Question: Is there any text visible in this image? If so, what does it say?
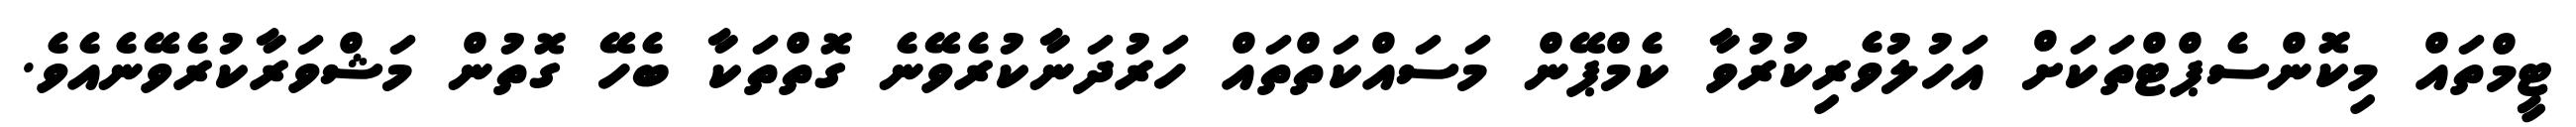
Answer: ޓީމްތައް މިކޮންސެޕްޓްތަކަށް އަހުލުވެރިކުރުވާ ކެމްޕޭން މަސައްކަތްތައް ހަރުދަނާކުރެވޭނެ ގޮތްތަކާ ބެހޭ ގޮތުން މަޝްވަރާކުރެވޭނެއެވެ.